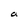
Character: a